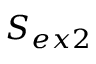
S _ { e x 2 }